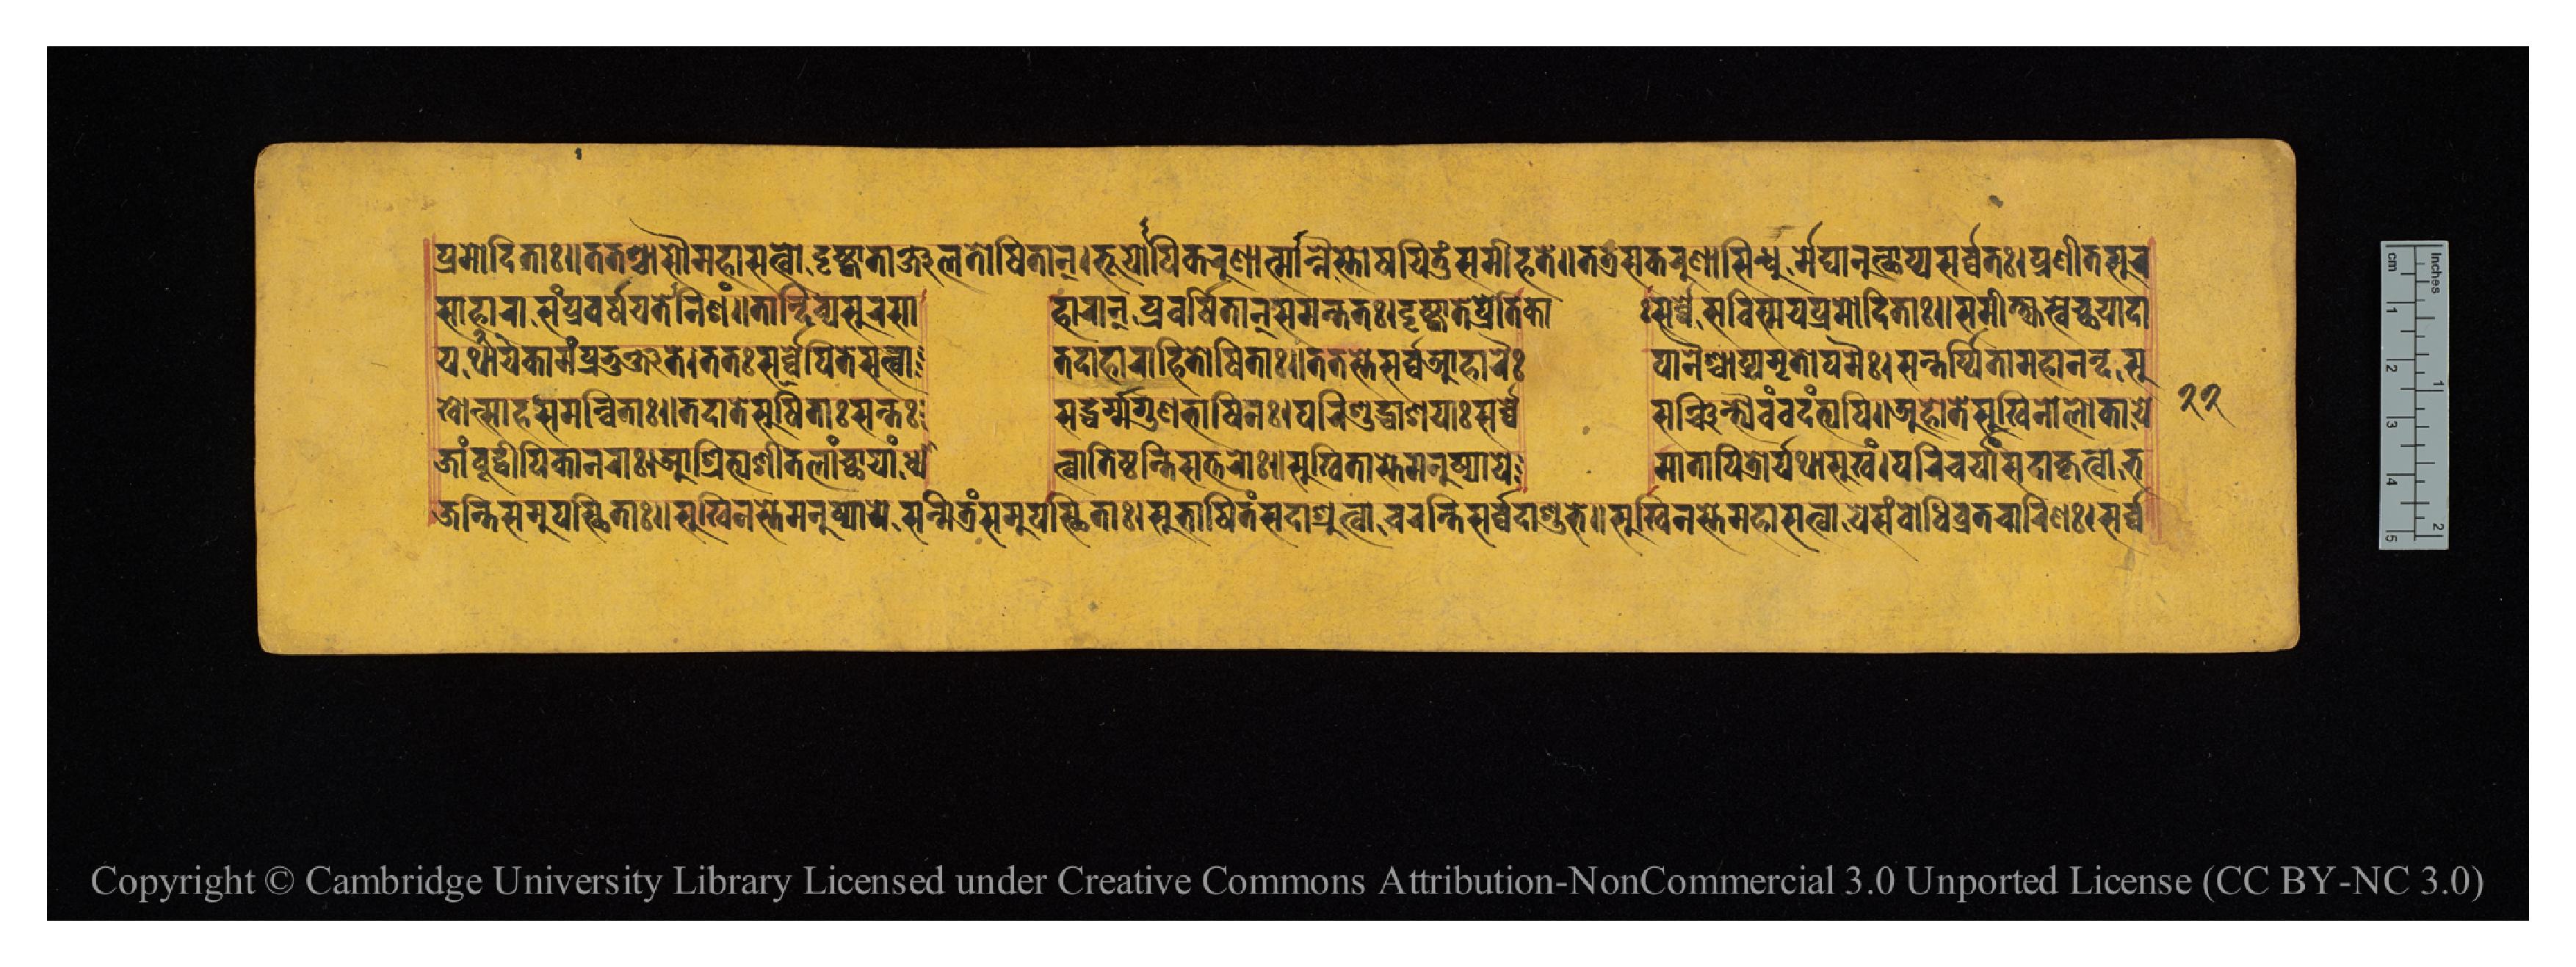
𑐥𑑂𑐬𑐩𑑀𑐡𑐶𑐟𑐵𑑅𑑋𑐟𑐟𑐱𑑂𑐔𑐵𑐳𑑁𑐩𑐴𑐵𑐳𑐟𑑂𑐰𑑀𑐡𑐺𑐲𑑂𑐚𑑂𑐰𑐵𑐟𑐵𑐣𑑂𑐖𑐮𑐟𑑀𑐲𑐶𑐟𑐵𑐣𑑂𑑋𑐨𑐹𑐫𑑀𑐥𑐶𑐎𑐬𑐸𑐞𑐵𑐟𑑂𑐩𑐵𑐟𑐿𑐳𑑂𑐟𑑀𑐲𑐫𑐶𑐟𑐸𑑄𑐳𑐩𑐷𑐴𑐟𑐾𑑌𑐟𑐟𑑂𑐬𑐳𑐎𑐬𑐸𑐞𑐵𑐳𑐶𑐣𑑂𑐢𑐸𑐬𑑂𑐩𑐾𑐑𑐵𑐣𑐸𑐟𑑂𑐠𑐵𑐥𑑂𑐫𑐳𑐬𑑂𑐰𑑂𑐰𑐟𑑅𑑋𑐥𑑂𑐬𑐞𑐷𑐟𑐳𑐸𑐬 𑐳𑐵𑐴𑐵𑐬𑐵𑐳𑑄𑐥𑑂𑐬𑐰𑐬𑑂𑐲𑐫𑐟𑐾𑐣𑐶𑐱𑑄𑑌𑐟𑐵𑐣𑑂𑐡𑐶𑐰𑑂𑐫𑐳𑐸𑐬𑐳𑐵  𑐴𑐵𑐬𑐵𑐣𑑂𑐥𑑂𑐬𑐰𑐬𑑂𑐲𑐶𑐟𑐵𑐣𑑂𑐳𑐩𑐣𑑂𑐟𑐟𑑅𑑋𑐡𑐺𑐲𑑂𑐚𑑂𑐰𑐵𑐟𑐾𑐥𑑂𑐬𑐾𑐟𑐶𑐎𑐵  𑑅𑐳𑐬𑑂𑐰𑑂𑐰𑐾𑐳𑐰𑐶𑐳𑑂𑐩𑐫𑐥𑑂𑐬𑐩𑑀𑐡𑐶𑐟𑐵𑑅𑑌𑐳𑐩𑐷𑐎𑑂𑐲𑑂𑐫𑐳𑑂𑐰𑐾𑐕𑐫𑐵𑐡𑐵 𑐫𑐫𑐠𑐵𑐎𑐵𑐩𑑄𑐥𑑂𑐬𑐨𑐸𑐘𑑂𑐖𑐟𑐾𑑋𑐟𑐟𑑅𑐳𑐬𑑂𑐰𑑂𑐰𑐾𑐥𑐶𑐟𑐾𑐳𑐟𑑂𑐰𑐵  𑐟𑐡𑐵𑐴𑐵𑐬𑐵𑐨𑐶𑐟𑑀𑐲𑐶𑐟𑐵𑑅𑑋𑐟𑐟𑐳𑑂𑐟𑐾𑐳𑐬𑑂𑐰𑑂𑐰𑐾𑐁𑐴𑐵𑐬𑐿𑑅  𑐥𑐵𑐣𑐿𑐱𑑂𑐔𑐵𑐥𑑂𑐫𑐩𑐺𑐟𑑀𑐥𑐩𑐿𑑅𑑋𑐳𑐣𑑂𑐟𑐬𑑂𑐥𑐶𑐟𑐵𑐩𑐴𑐵𑐣𑐣𑑂𑐡𑐳𑐸 𑐖𑐵𑐩𑑂𑐧𑐸𑐡𑑂𑐰𑐷𑐥𑐶𑐎𑐵𑐣𑐬𑐵𑑅𑑋𑐁𑐱𑑂𑐬𑐶𑐟𑑂𑐫𑐱𑐷𑐟𑐮𑐵𑐘𑑂𑐕𑐵𑐫𑐵𑑄𑐢𑑂𑐫𑐵  𑐟𑑂𑐰𑐵𑐟𑐶𑐲𑑂𑐛𑐣𑑂𑐟𑐶𑐳𑐡𑑂𑐐𑐸𑐬𑑀𑑅𑑌𑐳𑐸𑐏𑐶𑐟𑐵𑐳𑑂𑐟𑐾𑐩𑐣𑐸𑐲𑑂𑐫𑐵𑐫𑐾  𑐩𑐵𑐟𑐵𑐥𑐶𑐟𑑂𑐬𑑀𑐬𑑂𑐫𑐠𑐵𑐳𑐸𑐏𑑄𑑋𑐥𑐬𑐶𑐔𑐬𑑂𑐫𑐵𑑄𑐳𑐡𑐵𑐎𑐺𑐟𑑂𑐰𑐵𑐨 𑐏𑑀𑐟𑑂𑐳𑐵𑐴𑐳𑐩𑐣𑑂𑐰𑐶𑐟𑐵𑑅𑑌𑐟𑐡𑐵𑐟𑐾𑐳𑐸𑐏𑐶𑐟𑐵𑑅𑐳𑐣𑑂𑐟𑑅  𑐳𑐡𑑂𑐢𑐬𑑂𑐩𑑂𑐩𑐐𑐸𑐞𑐨𑐵𑐲𑐶𑐞𑑅𑑋𑐥𑐬𑐶𑐱𑐸𑐡𑑂𑐢𑐵𑐱𑐫𑐵𑑅𑐳𑐬𑑂𑐰𑑂𑐰𑐾  𑐳𑐘𑑂𑐔𑐶𑐣𑑂𑐟𑑂𑐫𑐿𑐰𑑄𑐰𑐡𑐣𑑂𑐟𑑂𑐫𑐥𑐶𑑌𑐀𑐴𑑀𑐟𑐾𑐳𑐸𑐏𑐶𑐣𑑀𑐮𑑀𑐎𑐵𑐫𑐾 𑐖𑐣𑑂𑐟𑐶𑐳𑐩𑐸𑐥𑐳𑑂𑐠𑐶𑐟𑐵𑑅𑑌𑐳𑐸𑐏𑐶𑐟𑐵𑐳𑑂𑐟𑐾𑐩𑐣𑐸𑐲𑑂𑐫𑐵𑐫𑐾𑐳𑐣𑑂𑐩𑐶𑐟𑑂𑐬𑑄𑐳𑐩𑐸𑐥𑐳𑑂𑐠𑐶𑐟𑐵𑑅𑑋𑐳𑐸𑐨𑐵𑐲𑐶𑐟𑑄𑐳𑐡𑐵𑐱𑑂𑐬𑐸𑐟𑑂𑐰𑐵𑐔𑐬𑐣𑑂𑐟𑐶𑐳𑐬𑑂𑐰𑑂𑐰𑐡𑐵𑐱𑐸𑐨𑐾𑑌𑐳𑐸𑐏𑐶𑐣𑐳𑑂𑐟𑐾𑐩𑐴𑐵𑐳𑐟𑑂𑐰𑐵𑐫𑐾𑐳𑑄𑐧𑑀𑐢𑐶𑐰𑑂𑐬𑐟𑐔𑐵𑐬𑐶𑐞𑑅𑑋𑐳𑐬𑑂𑐰𑑂𑐰 𑑒𑑒